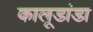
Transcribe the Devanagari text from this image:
कालूडांडा